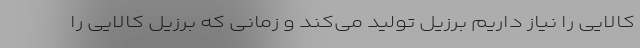
کالایی را نیاز داریم برزیل تولید می‌کند و زمانی که برزیل کالایی را